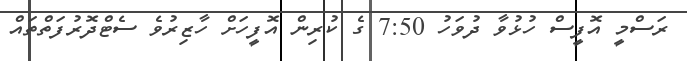
ރަސްމީ އޮފީސް ހުޅުވާ ދުވަހު 7:50 ގެ ކުރިން އޮފީހަށް ހާޒިރުވެ ސެޓްދޮރުފަތްތައް